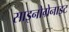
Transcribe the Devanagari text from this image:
साइनोग्रेनाइट